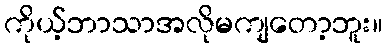
ကိုယ့်ဘာသာအလိုမကျတော့ဘူး။